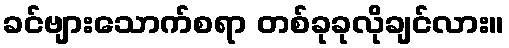
ခင်ဗျားသောက်စရာ တစ်ခုခုလိုချင်လား။